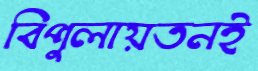
বিপুলায়তনই